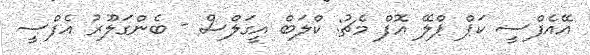
އޭއެފްސީ ކަޕް ޕްލޭ އޮފް މެޗު: ކްލަބް އީގަލްސް - ބެންގަލޫރު އެފްސީ